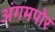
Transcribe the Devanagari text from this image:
अंगमपोर